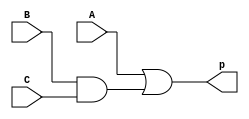
module A_BC(p, A, B, C);
input A,B,C;
output p;
assign p = A | (B&C);
endmodule